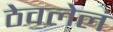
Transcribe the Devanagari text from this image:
ठेवलेलं